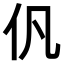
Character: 𠆩